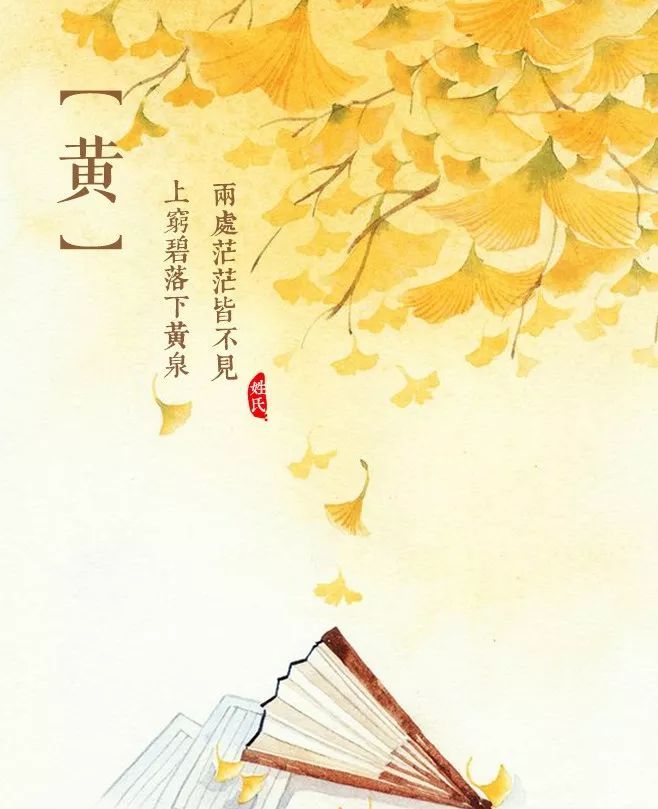
上穷碧落下黄泉，两处茫茫皆不见。